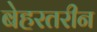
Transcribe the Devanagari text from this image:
बेहरतरीन